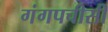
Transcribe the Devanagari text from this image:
गंगपचीसी